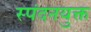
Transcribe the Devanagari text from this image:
स्पंदनयुक्त